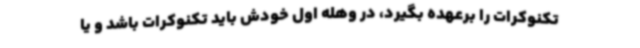
تکنوکرات را برعهده بگیرد، در وهله اول خودش باید تکنوکرات باشد و یا